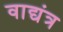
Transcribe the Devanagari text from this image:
वाद्यंत्र